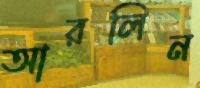
আরলিন